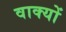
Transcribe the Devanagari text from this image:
वाक्‍यों